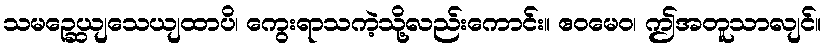
သမဉ္ဆေယျသေယျထာပိ၊ ကွေးရာသကဲ့သို့လည်းကောင်း။ ဧဝမေဝ၊ ဤအတူသာလျင်။